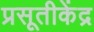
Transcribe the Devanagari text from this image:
प्रसूतीकेंद्र